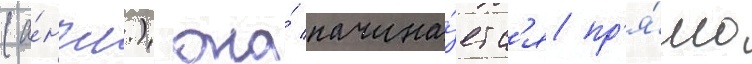
(а́нгл.) она́ начина́етс'я пр'я́мо